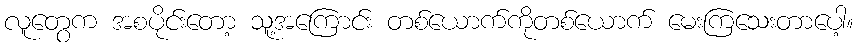
လူတွေက အစပိုင်းတော့ သူ့အကြောင်း တစ်ယောက်ကိုတစ်ယောက် မေးကြသေးတာပေါ့။